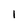
Character: 1